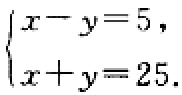
$\begin{cases}

x - y = 5,\\

x + y = 25.

\end{cases}$